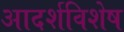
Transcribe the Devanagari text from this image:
आदर्शविशेष